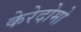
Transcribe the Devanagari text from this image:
केरेदोमो